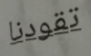
تقودنا